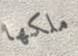
ملكها